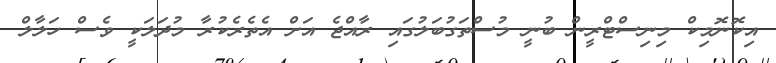
އިކޮނޮމިކް މިނިސްޓްރީން ބުނީ މުސްތަގުބަލުގައި ރާއްޖެ އަށް އެތެރެކުރާ މުދަލަކީ ވެސް ހަލާލް